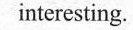
interesting.